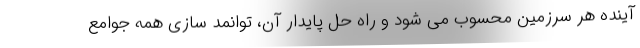
آینده هر سرزمین محسوب می شود و راه حل پایدار آن، توانمد سازی همه جوامع